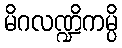
မိဂလဏ္ဍိကမ္ပိ